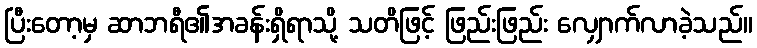
ပြီးတော့မှ ဆာဘရီ၏အခန်းရှိရာသို့ သတိဖြင့် ဖြည်းဖြည်း လျှောက်လာခဲ့သည်။